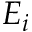
E _ { i }